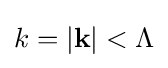
k=|\mathbf {k} |<\Lambda